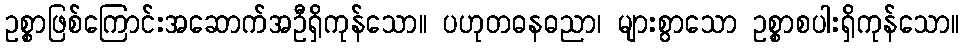
ဥစ္စာဖြစ်ကြောင်းအဆောက်အဦရှိကုန်သော။ ပဟုတဓနဓညာ၊ များစွာသော ဥစ္စာစပါးရှိကုန်သော။